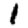
Digit: 1